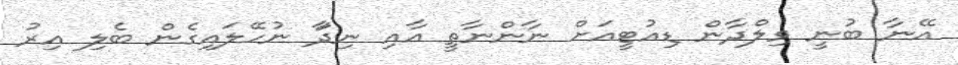
އޭނާ ބުނީ ވިލްދާން ޑިއުޓީއަށް ނާންނާތީ އާއި ނިދާަ ނުހޭލައިގެން ބެލި އިރު